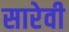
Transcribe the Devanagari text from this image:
सारेवी